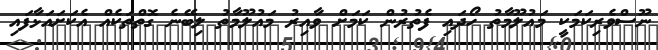
ނޫސްވެރިކަމަކީ މައުލޫމާތު ހޯދައި ފެތުރުން ކަމަށް ވާއިރު މައުލޫމާތު ލިބޭނެ ގޮތްތަކެއް އެކަށައަޅާފައި